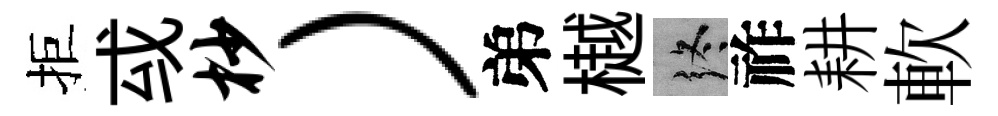
拒㦯杪）弟樾终祚耕軟